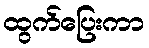
ထွက်ပြေးကာ